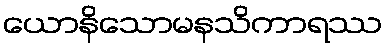
ယောနိသောမနသိကာရဿ